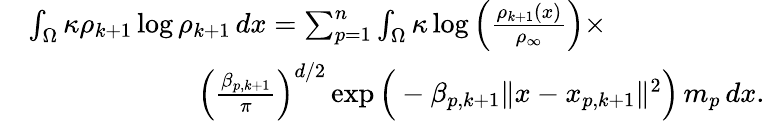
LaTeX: \begin{array}{rl}&{\int_{\Omega}\kappa\rho_{k+1}\log\rho_{k+1}\, dx=\sum_{p=1}^{n}\int_{\Omega}\kappa\log\Big(\frac{\rho_{k+1}(x)}{\rho_{\infty}}\Big)\times}\\ &{\qquad\qquad\qquad\Big(\frac{\beta_{p,k+1}}{\pi}\Big)^{d/2}\exp\Big(-\beta_{p,k+1}\| x-x_{p,k+1}\| ^{2}\Big)\, m_{p}\, dx.}\end{array}